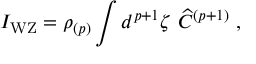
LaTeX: I _ { \mathrm { W Z } } = \rho _ { ( p ) } \int d ^ { p + 1 } \zeta \ { \widehat C } ^ { ( p + 1 ) } \ ,